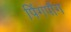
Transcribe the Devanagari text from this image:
पिंगपौंग